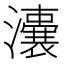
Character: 𤃈